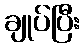
ချုပ်ပြီး